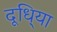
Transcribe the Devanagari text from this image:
दूधि्या